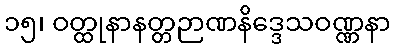
၁၅၊ ဝတ္ထုနာနတ္တဉာဏနိဒ္ဒေသဝဏ္ဏနာ